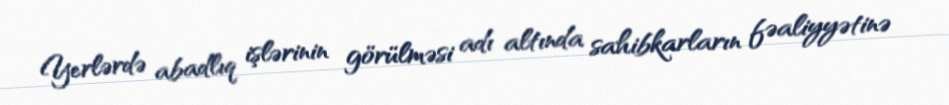
Yerlərdə abadlıq işlərinin görülməsi adı altında sahibkarların fəaliyyətinə